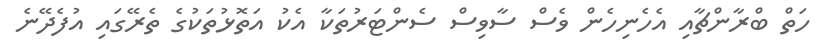
ހަތް ބްރާންޗާއި އެހެނިހެން ވެސް ސާވިސް ސެންޓަރުތަކާ އެކު އަތޮޅުތަކުގެ ތެރޭގައި އުފެދޭނެ